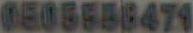
0505588474